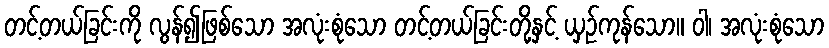
တင့်တယ်ခြင်းကို လွန်၍ဖြစ်သော အလုံးစုံသော တင့်တယ်ခြင်းတို့နှင့် ယှဉ်ကုန်သော။ ဝါ၊ အလုံးစုံသော